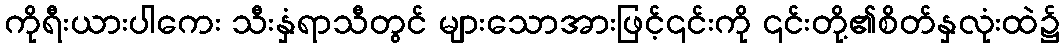
ကိုရီးယားပါကေး သီးနှံရာသီတွင် များသောအားဖြင့်၎င်းကို ၎င်းတို့၏စိတ်နှလုံးထဲ၌